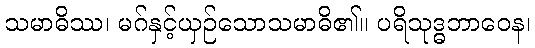
သမာဓိဿ၊ မဂ်နှင့်ယှဉ်သောသမာဓိ၏။ ပရိသုဒ္ဓဘာဝေန၊